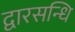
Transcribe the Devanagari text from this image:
द्वारसन्धि